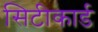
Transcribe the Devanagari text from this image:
सिटीकार्ड